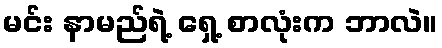
မင်း နာမည်ရဲ့ ရှေ့ စာလုံးက ဘာလဲ။